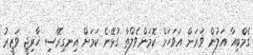
ގެމްބިއާ އަލުން ވަރަށް އަވަހަށް ކޮމަންވެލްތާ ގުޅޭނެ ކަމަށް އިނގިރޭސި ޚާރިޖީ ވަޒީރު